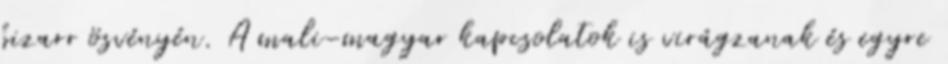
bizarr ösvényén. A mali-magyar kapcsolatok is virágzanak és egyre